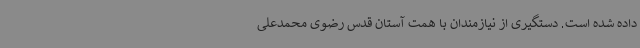
داده شده است. دستگیری از نیازمندان با همت آستان قدس رضوی محمدعلی